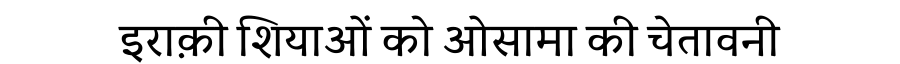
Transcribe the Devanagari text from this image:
इराक़ी शियाओं को ओसामा की चेतावनी